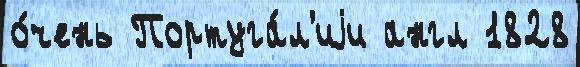
о́чень Португа́л'иjи англ 1828